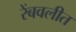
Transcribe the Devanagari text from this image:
रेंबवलीत